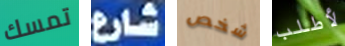
تمسك شارع شخص لأطلب